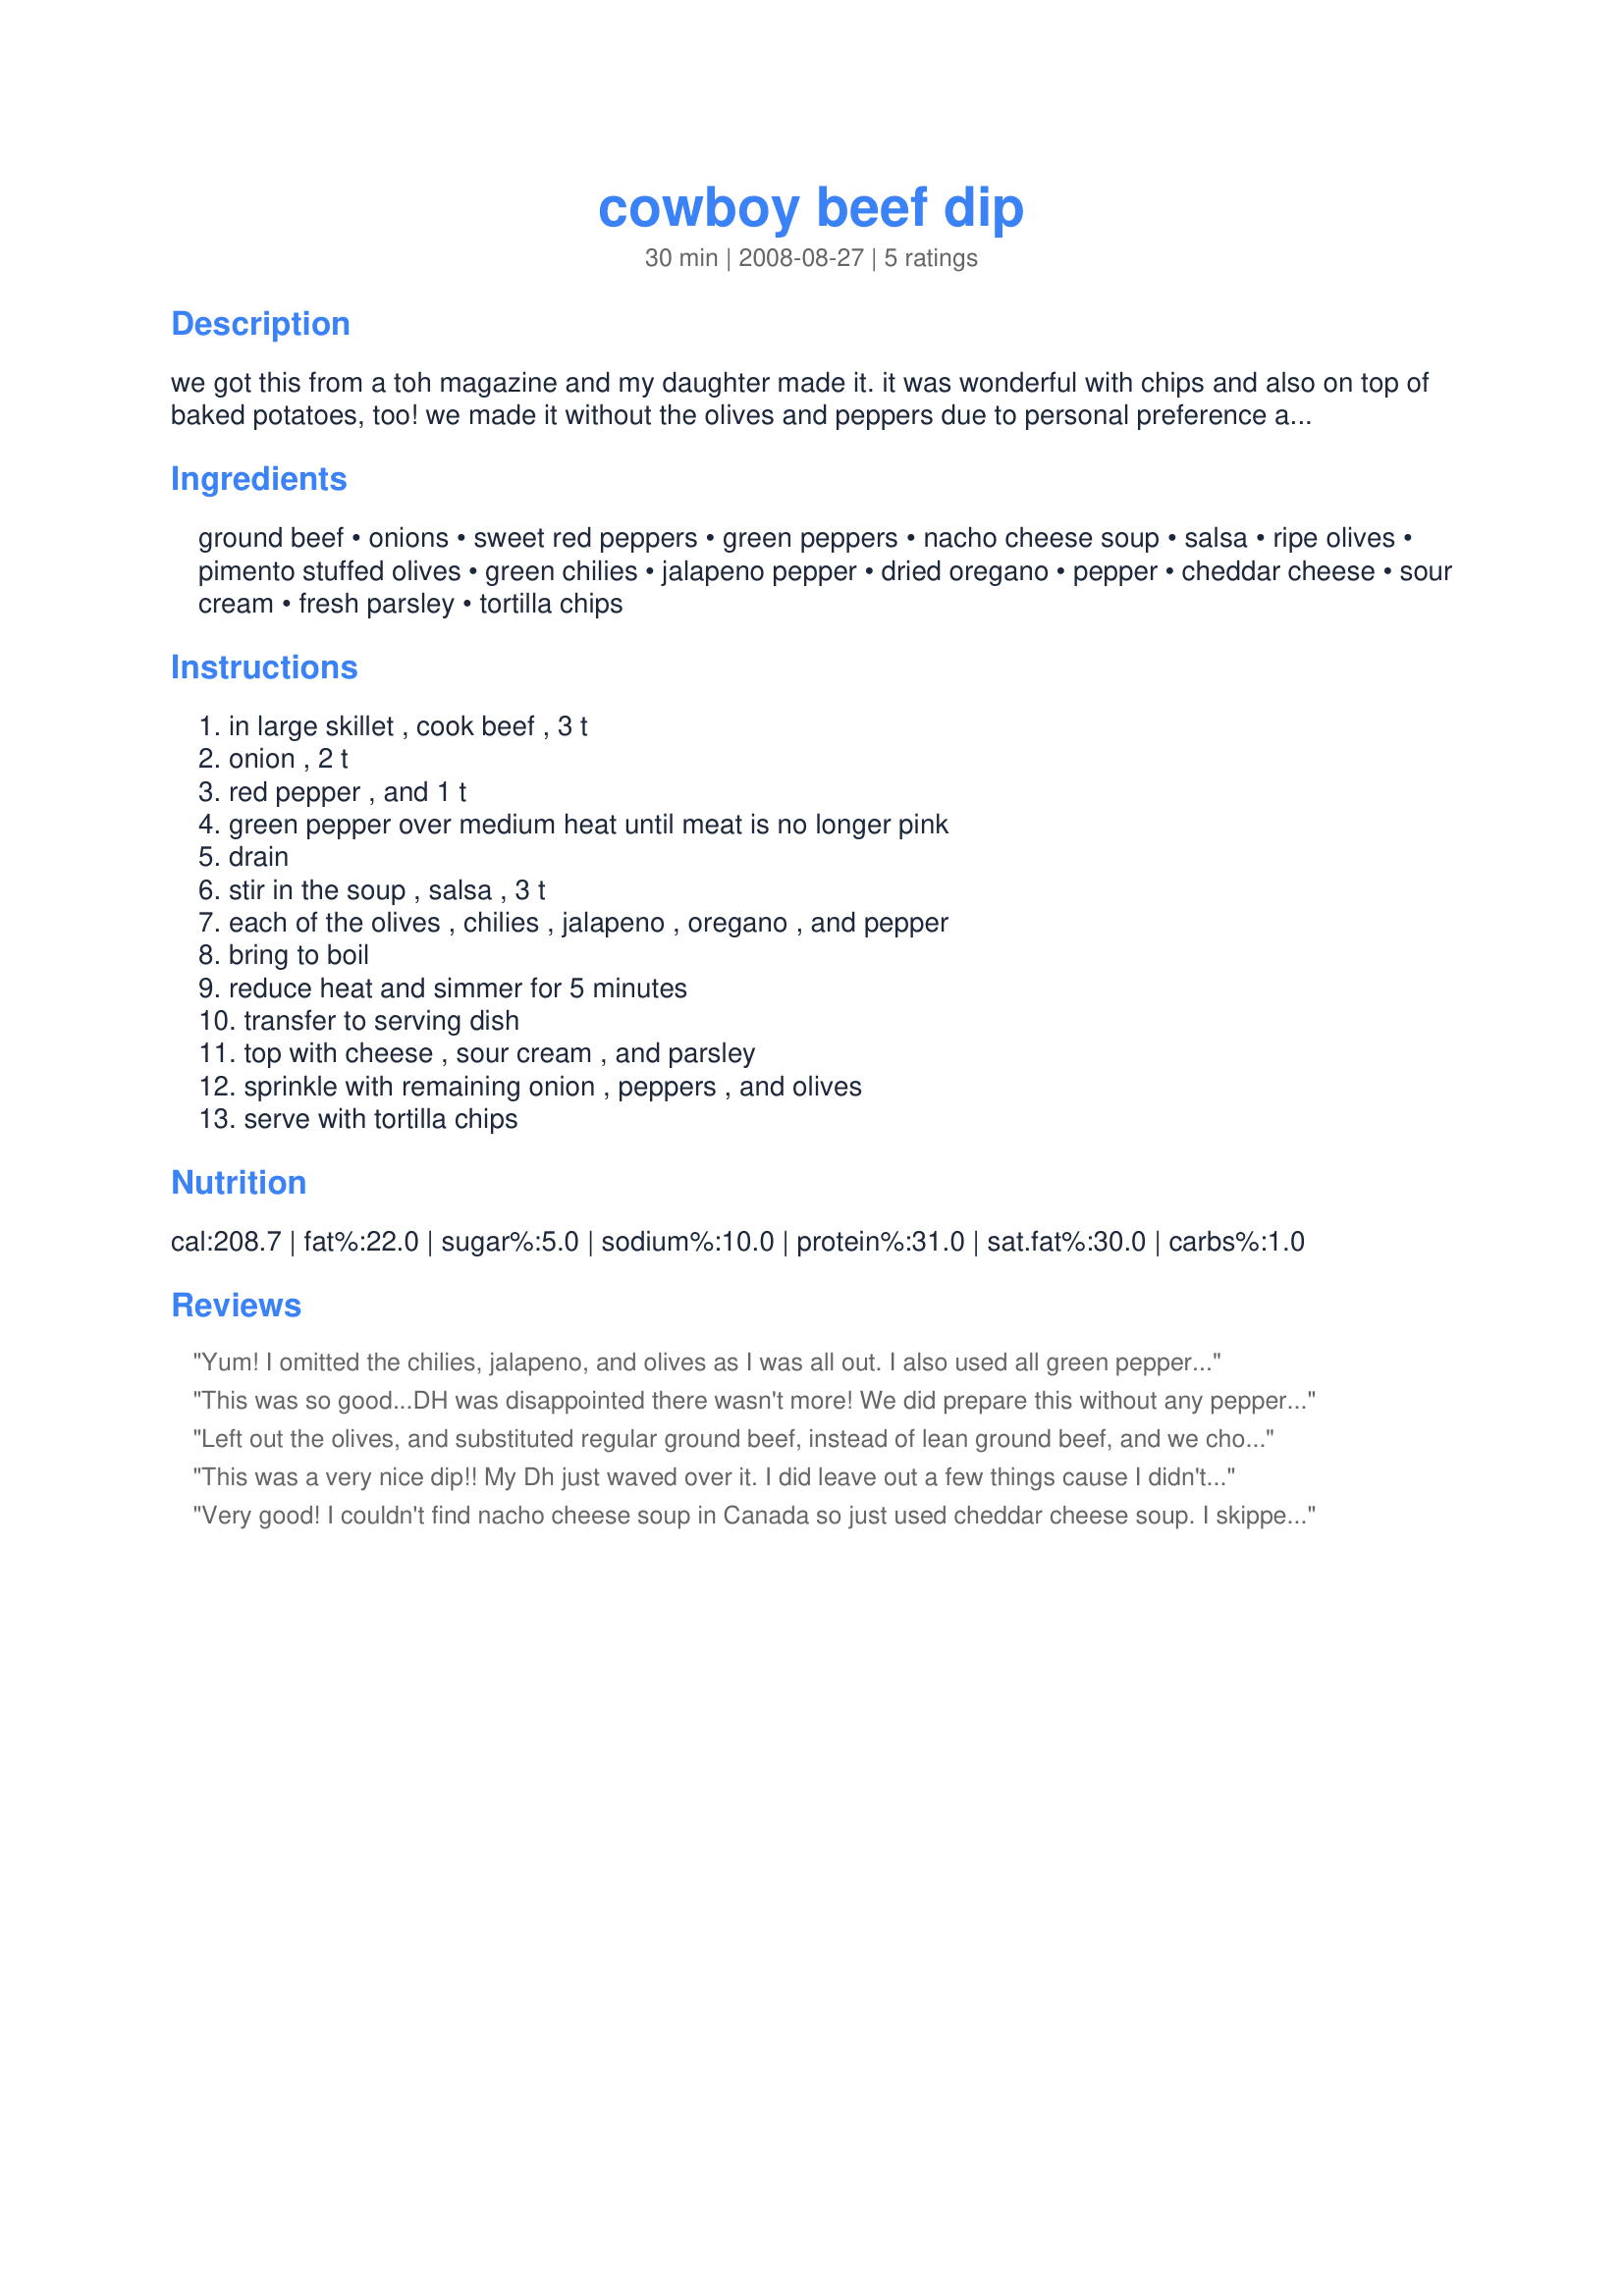
cowboy beef dip
Preparation time: 30 minutes

we got this from a toh magazine and my daughter made it. it was wonderful with chips and also on top of baked potatoes, too! we made it without the olives and peppers due to personal preference and added in some extra cheese, too.

Ingredients:
ground beef, onions, sweet red peppers, green peppers, nacho cheese soup, salsa, ripe olives, pimento stuffed olives, green chilies, jalapeno pepper, dried oregano, pepper, cheddar cheese, sour cream, fresh parsley, tortilla chips

Steps:
in large skillet , cook beef , 3 t, onion , 2 t, red pepper , and 1 t, green pepper over medium heat until meat is no longer pink, drain, stir in the soup , salsa , 3 t, each of the olives , chilies , jalapeno , oregano , and pepper, bring to boil, reduce heat and simmer for 5 minutes, transfer to serving dish, top with cheese , sour cream , and parsley, sprinkle with remaining onion , peppers , and olives, serve with tortilla chips

Reviews:
Yum! I omitted the chilies, jalapeno, and olives as I was all out. I also used all green peppers since I didn't have any red. To make up for the lack of spiciness, I sprinkled in a bit of crushed red pepper flakes. Oh, and I used recipe #278160 as suggested ;) though next time I will add in some rotel tomatoes to add a little more kick (I am a wimp and can't handle jalapenos, lol). Thanks for sharing this tasty dip with us! :)
This was so good...DH was disappointed there wasn't more! We did prepare this without any peppers, chilies, or the green olives, but would probably use the red & green peppers next time (we were out). We made this with some excellent ground chuck from a local shop rather than the supermarket mush....mmmmm....real meat! :) We ate this with fritos scoops, which were firm enough to hold onto the meat, and the frito taste is just perfect with these. I'd like to use this meat as a taco filling or in a taco salad. Thanks for posting! Made for PRMR.
Left out the olives, and substituted regular ground beef, instead of lean ground beef, and we chose to use mild salsa. Use with the frito scoop chips and turned out to be a great snack last night. Very tasty and flavorful. Made for PRMR tag..
This was a very nice dip!! My Dh just waved over it. I did leave out a few things cause I didn't have it on hand ( pimento stuffed olives, green chilies and jalapeno pepper) but we didn't miss those ingredients anyways as we don't use them much. I did add a dash or two of cumin and a small amount of whipping cream for a richer flavor. This is a keeper as my Dh said he wanted this again :) Thanks for sharing the recipe!
Very good! I couldn't find nacho cheese soup in Canada so just used cheddar cheese soup. I skipped on the red peppers and green olives cause I didn't have any. This didn't thicken up like I thought it would have to be a dip. I left it on low heat for an hour until DH got home and that thickened it a little. The beef was a little bland so next time I think I'll add a few more spices when browning the hamburger.
